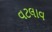
વટલાવ